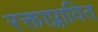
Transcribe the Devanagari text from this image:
रक्ताप्लावित